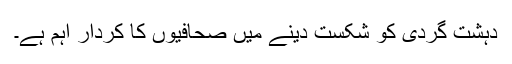
دہشت گردی کو شکست دینے میں صحافیوں کا کردار اہم ہے۔